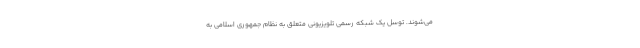
می‌شوند. توسل یک شبکه رسمی تلویزیونی متعلق به نظام جمهوری اسلامی به